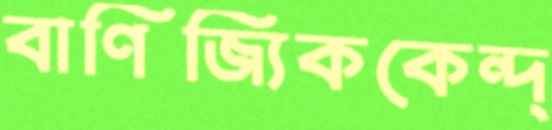
বাণিজ্যিককেন্দ্